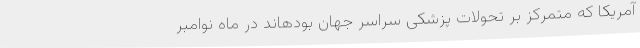
آمریکا که متمرکز بر تحولات پزشکی سراسر جهان بودهاند در ماه نوامبر